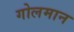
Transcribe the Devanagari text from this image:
गोलमान